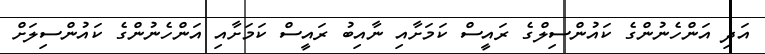
އަދި އަންހެނުންގެ ކައުންސިލްގެ ރައީސް ކަމަށާއި ނާއިބު ރައީސް ކަމަށާއި އަންހެނުންގެ ކައުންސިލަށް